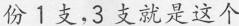
份1支，3支就是这个